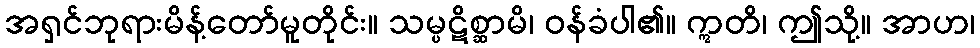
အရှင်ဘုရားမိန့်တော်မူတိုင်း။ သမ္ပဋိစ္ဆာမိ၊ ဝန်ခံပါ၏။ ဣတိ၊ ဤသို့။ အာဟ၊